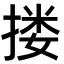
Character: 搂